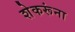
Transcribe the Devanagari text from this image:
शेकरूंना